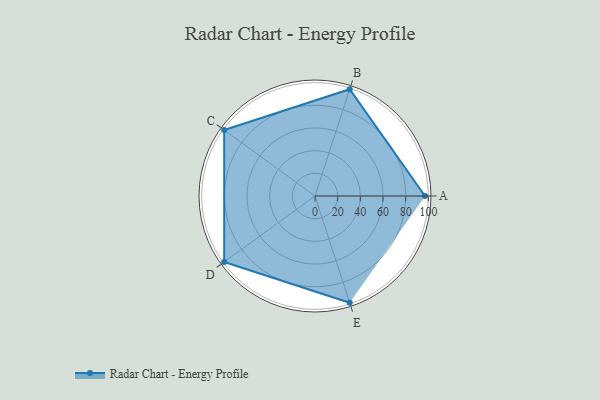
{"axis": {"x": "Skill", "y": "Score"}, "legend": ["Profile"], "data": [{"x": "A", "y": 97.0, "type": "Profile"}, {"x": "B", "y": 99.0, "type": "Profile"}, {"x": "C", "y": 99, "type": "Profile"}, {"x": "D", "y": 99, "type": "Profile"}, {"x": "E", "y": 99, "type": "Profile"}]}